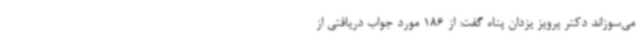
می‌سوزاند دکتر پرویز یزدان پناه گفت: از 186 مورد جواب دریافتی از